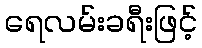
ရေလမ်းခရီးဖြင့်